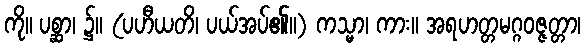
ကို။ ပစ္ဆာ၊ ၌။ (ပဟီယတိ၊ ပယ်အပ်၏။) ကသ္မာ၊ ကား။ အရဟတ္တမဂ္ဂဝဇ္ဇတ္တာ၊